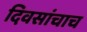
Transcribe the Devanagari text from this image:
दिवसांचाच